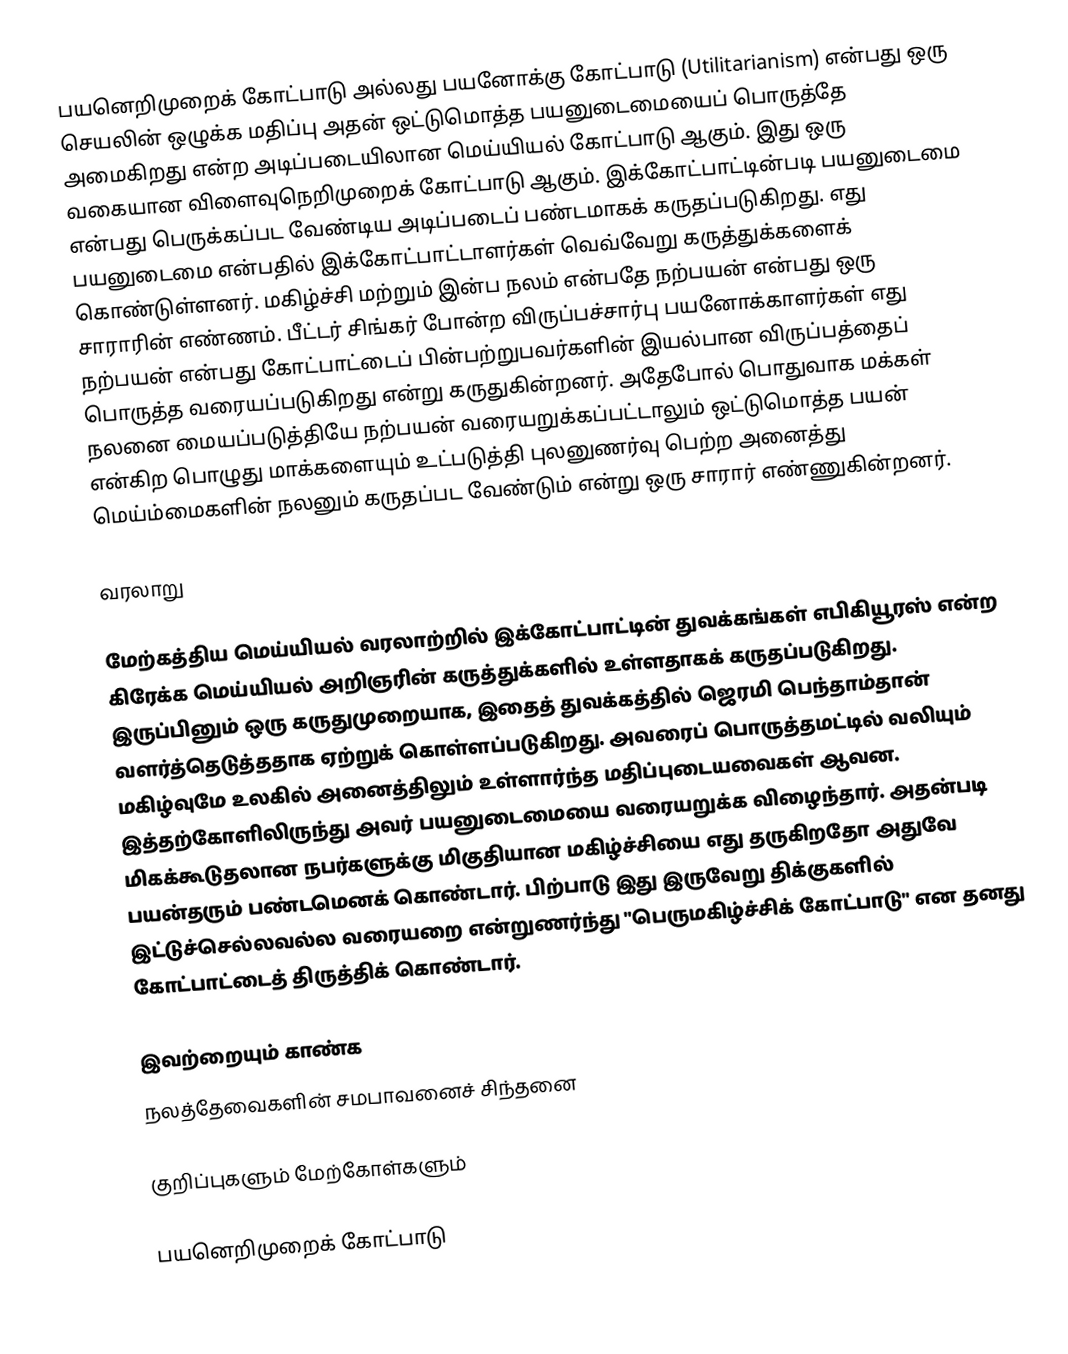
பயனெறிமுறைக் கோட்பாடு அல்லது பயனோக்கு கோட்பாடு (Utilitarianism) என்பது ஒரு செயலின் ஒழுக்க மதிப்பு அதன் ஒட்டுமொத்த பயனுடைமையைப் பொருத்தே அமைகிறது என்ற அடிப்படையிலான மெய்யியல் கோட்பாடு ஆகும். இது ஒரு வகையான விளைவுநெறிமுறைக் கோட்பாடு ஆகும். இக்கோட்பாட்டின்படி பயனுடைமை என்பது பெருக்கப்பட வேண்டிய அடிப்படைப் பண்டமாகக் கருதப்படுகிறது. எது பயனுடைமை என்பதில் இக்கோட்பாட்டாளர்கள் வெவ்வேறு கருத்துக்களைக் கொண்டுள்ளனர். மகிழ்ச்சி மற்றும் இன்ப நலம் என்பதே நற்பயன் என்பது ஒரு சாராரின் எண்ணம். பீட்டர் சிங்கர் போன்ற விருப்பச்சார்பு பயனோக்காளர்கள் எது நற்பயன் என்பது கோட்பாட்டைப் பின்பற்றுபவர்களின் இயல்பான விருப்பத்தைப் பொருத்த வரையப்படுகிறது என்று கருதுகின்றனர். அதேபோல் பொதுவாக மக்கள் நலனை மையப்படுத்தியே நற்பயன் வரையறுக்கப்பட்டாலும் ஒட்டுமொத்த பயன் என்கிற பொழுது மாக்களையும் உட்படுத்தி புலனுணர்வு பெற்ற அனைத்து மெய்ம்மைகளின் நலனும் கருதப்பட வேண்டும் என்று ஒரு சாரார் எண்ணுகின்றனர்.

வரலாறு

மேற்கத்திய மெய்யியல் வரலாற்றில் இக்கோட்பாட்டின் துவக்கங்கள் எபிகியூரஸ் என்ற கிரேக்க மெய்யியல் அறிஞரின் கருத்துக்களில் உள்ளதாகக் கருதப்படுகிறது. இருப்பினும் ஒரு கருதுமுறையாக, இதைத் துவக்கத்தில் ஜெரமி பெந்தாம்தான்  வளர்த்தெடுத்ததாக ஏற்றுக் கொள்ளப்படுகிறது. அவரைப் பொருத்தமட்டில் வலியும் மகிழ்வுமே உலகில் அனைத்திலும் உள்ளார்ந்த மதிப்புடையவைகள் ஆவன. இத்தற்கோளிலிருந்து அவர் பயனுடைமையை வரையறுக்க விழைந்தார். அதன்படி மிகக்கூடுதலான நபர்களுக்கு மிகுதியான மகிழ்ச்சியை எது தருகிறதோ அதுவே பயன்தரும் பண்டமெனக் கொண்டார். பிற்பாடு இது இருவேறு திக்குகளில் இட்டுச்செல்லவல்ல வரையறை என்றுணர்ந்து "பெருமகிழ்ச்சிக் கோட்பாடு" என தனது கோட்பாட்டைத் திருத்திக் கொண்டார்.

இவற்றையும் காண்க
 நலத்தேவைகளின் சமபாவனைச் சிந்தனை

குறிப்புகளும் மேற்கோள்களும்

பயனெறிமுறைக் கோட்பாடு